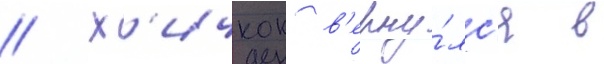
// Х'ичкок в'ерну́лс'я в